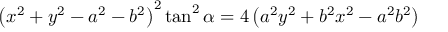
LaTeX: \left( x ^ { 2 } + y ^ { 2 } - a ^ { 2 } - b ^ { 2 } \right) ^ { 2 } \tan ^ { 2 } \alpha = 4 \left( a ^ { 2 } y ^ { 2 } + b ^ { 2 } x ^ { 2 } - a ^ { 2 } b ^ { 2 } \right)